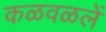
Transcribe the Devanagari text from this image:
कळवळलें